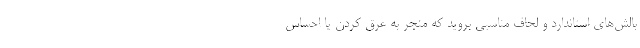
بالش‌های استاندارد و لحاف مناسبی بروید که منجر به عرق کردن یا احساس